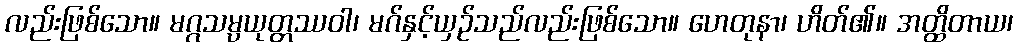
လည်းဖြစ်သော။ မဂ္ဂသမ္ပယုတ္တဿဝါ၊ မဂ်နှင့်ယှဉ်သည်လည်းဖြစ်သော။ ဟေတုနာ၊ ဟိတ်၏။ အတ္ထိတာယ၊